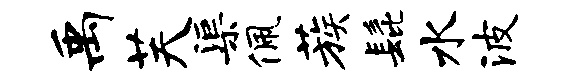
禹芙渠佩蔟髭水波